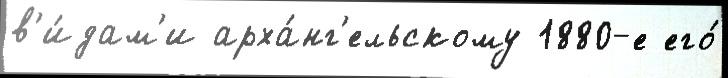
в'и́дам'и арха́нг'ельскому 1880-е его́